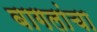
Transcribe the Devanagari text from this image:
बागलांचा